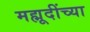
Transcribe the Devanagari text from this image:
मह्मूदींच्या